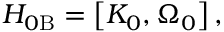
H _ { 0 \mathrm { B } } = \left[ K _ { 0 } , \Omega _ { 0 } \right] ,